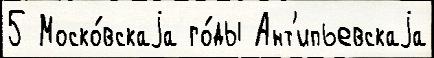
5 Моско́вскаjа го́ды Ант'ипьевскаjа